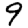
Digit: 9